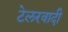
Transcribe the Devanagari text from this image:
टेलरवादी